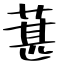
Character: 葚